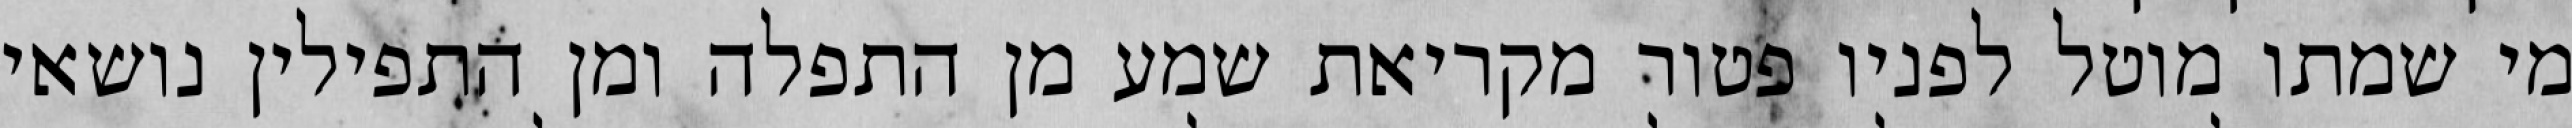
מי שמתו מוטל לפניו פטור מקריאת שמע מן התפלה ומן התפילין נושאי